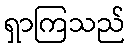
ရှာကြသည်